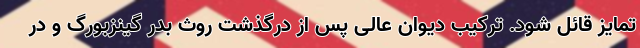
تمایز قائل شود. ترکیب دیوان عالی پس از درگذشت روث بدر گینزبورگ و در